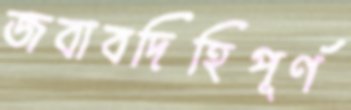
জবাবদিহিপূর্ণ